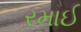
રમાઈ